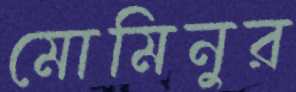
মোমিনুর